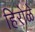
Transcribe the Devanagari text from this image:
हिरोळे